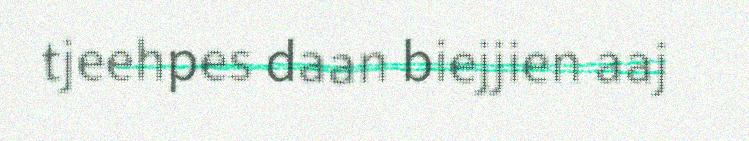
tjeehpes daan biejjien aaj